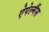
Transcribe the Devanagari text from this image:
ऐपेल्मैंस